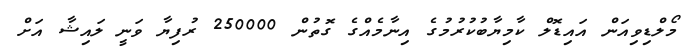
މޯލްޑިވިއަން އައިޑޮލް ކާމިޔާބުކުރުމުގެ އިނާމެއްގެ ގޮތުން 250000 ރުފިޔާ ވަނީ ލައިޝާ އަށް